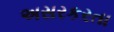
અસરકરતા